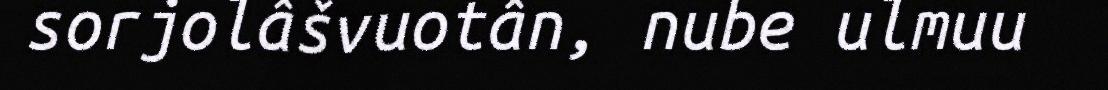
sorjolâšvuotân, nube ulmuu